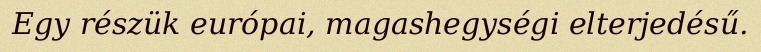
Egy részük európai, magashegységi elterjedésű.